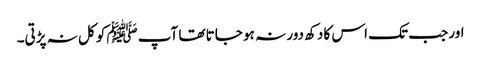
اور جب تک اس کا دکھ دور نہ ہو جاتا تھا آپﷺ کو کل نہ پڑتی۔